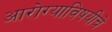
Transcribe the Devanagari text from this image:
आरोग्याविषयीचे